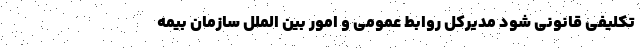
تکلیفی قانونی شود مدیرکل روابط عمومی و امور بین الملل سازمان بیمه